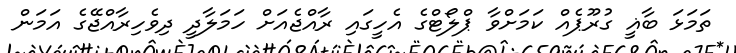
ތަމަޅަ ބާޣީ ގުރޫޕެއް ކަމަށްވާ ޕްލޯޓްގެ އެހީގައި ރާއްޖެއަށް ހަމަލާދީ ދިވެހިރާއްޖޭގެ އަމަން